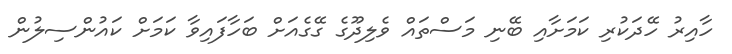
ހާއިރު ހޭދަކުރި ކަމަށާއި ބޭނި މަސްތައް ވެލިދޫގެ ގޭގެއަށް ބަހާފައިވާ ކަމަށް ކައުންސިލުން